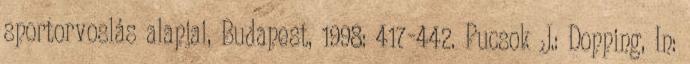
sportorvoslás alapjai, Budapest, 1998: 417-442. Pucsok J.: Dopping, In: